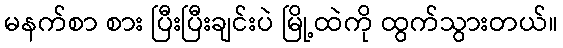
မနက်စာ စား ပြီးပြီးချင်းပဲ မြို့ထဲကို ထွက်သွားတယ်။